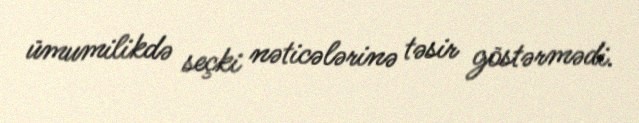
ümumilikdə seçki nəticələrinə təsir göstərmədi.